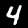
Label: 4